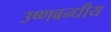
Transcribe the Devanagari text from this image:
उष्णबन्धीय